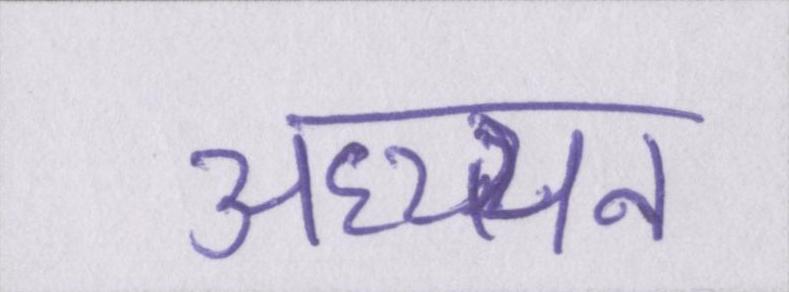
अध्य्यन